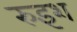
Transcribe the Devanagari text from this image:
रुइश